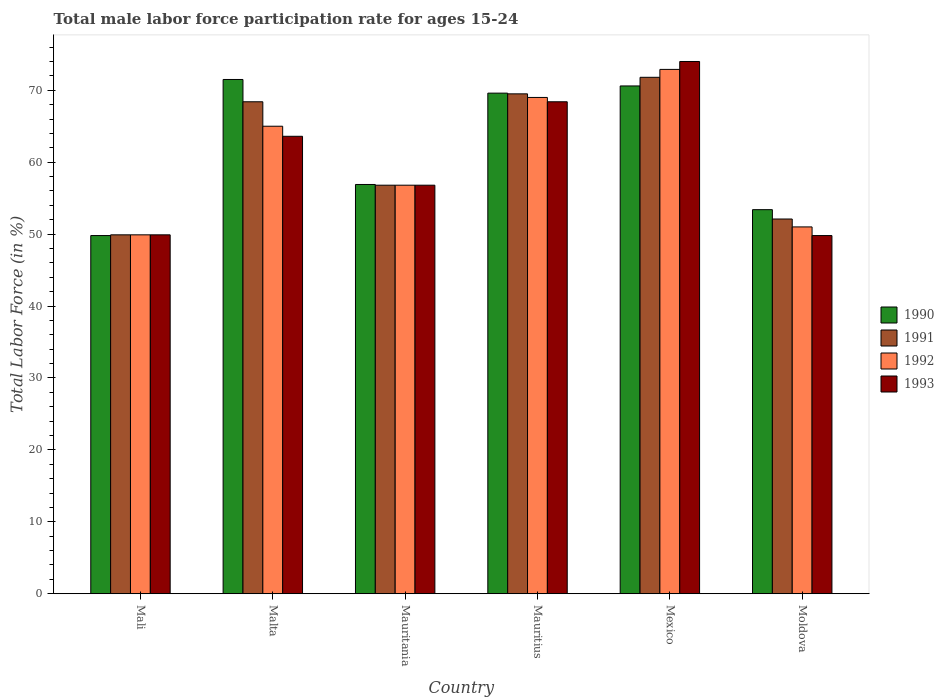
| Country | 1990 | 1991 | 1992 | 1993 |
 | --- | --- | --- | --- | --- |
 | Mali | 49.8 | 49.9 | 49.9 | 49.9 |
 | Malta | 71.5 | 68.4 | 65 | 63.6 |
 | Mauritania | 56.9 | 56.8 | 56.8 | 56.8 |
 | Mauritius | 69.6 | 69.5 | 69 | 68.4 |
 | Mexico | 70.6 | 71.8 | 72.9 | 74 |
 | Moldova | 53.4 | 52.1 | 51 | 49.8 |